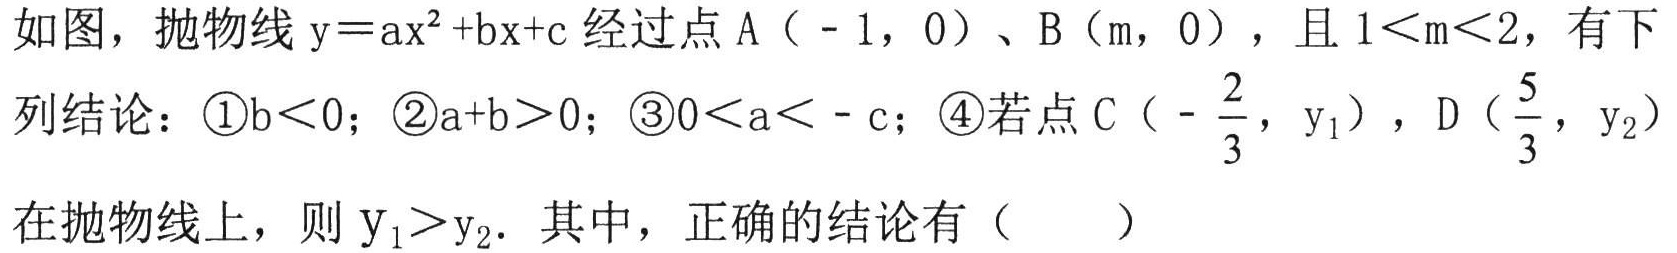
如图，抛物线$\mathrm{y}=a\mathrm{x}^{2}+b\mathrm{x}+c$经过点A（ - 1，0）、B（m，0），且$1\lt m\lt2$，有下列结论：\textcircled{1}$b\lt0$；\textcircled{2}$a + b\gt0$；\textcircled{3}$0\lt a\lt - c$；\textcircled{4}若点C（$-\frac{2}{3}$，$\mathrm{y}_{1}$），D（$\frac{5}{3}$，$\mathrm{y}_{2}$）在抛物线上，则$\mathrm{y}_{1}\gt\mathrm{y}_{2}$．其中，正确的结论有（  ）